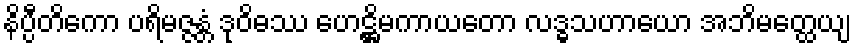
နိပ္ပီတိကော ပရိမဇ္ဇန္တံ ဒုဝိဓဿ ဟေဋ္ဌိမကာယတော လဒ္ဓသဟာယော အဘိမတ္ထေယျ